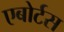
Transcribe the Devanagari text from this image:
एबोर्टस